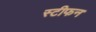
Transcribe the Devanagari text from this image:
स्टीफन